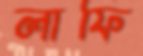
লাফি